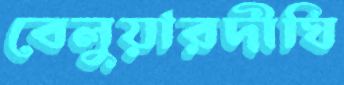
বেলুয়ারদীঘি